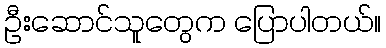
ဦးဆောင်သူတွေက ပြောပါတယ်။